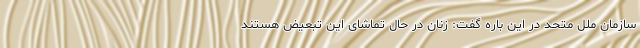
سازمان ملل متحد در این باره گفت: زنان در حال تماشای این تبعیض هستند